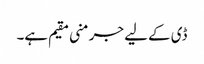
ڈی کے لیے جرمنی مقیم ہے۔